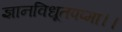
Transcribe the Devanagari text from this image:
ज्ञानविधूतपप्मा।।